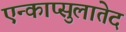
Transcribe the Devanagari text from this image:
एन्काप्सुलातेद